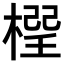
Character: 𣗕